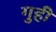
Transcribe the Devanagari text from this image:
गुही